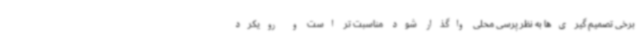
برخی تصمیم‌ گیری‌ها به نظر پرسی محلی واگذار شود مناسبت تر است و رویکرد